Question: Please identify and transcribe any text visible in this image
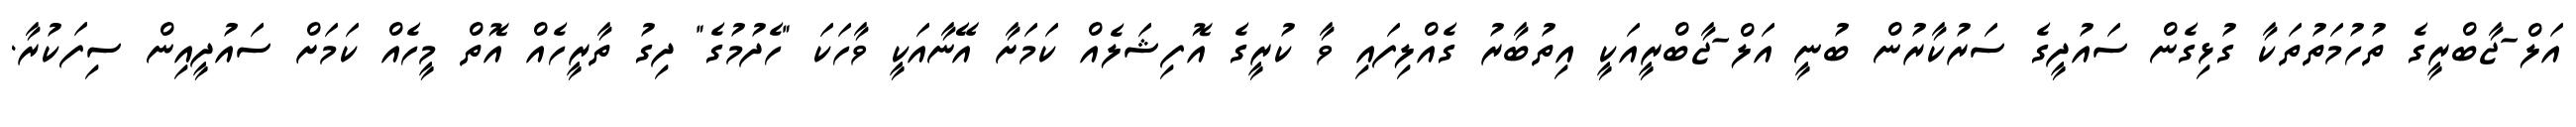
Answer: އަލް-ޖާބްރީގެ ތުހުމަތުތަކާ ގުޅިގެން ސައުދީގެ ސަރުކާރުން ބުނީ އަލް-ޖާބްރީއަކީ އިތުބާރު ގެއްލިފައި ވާ ކުރީގެ އޮފިޝަލެއް ކަމަށާ އޭނާއަކީ ވާހަކަ "ހެދުމުގެ" ދިގު ތާރީހެއް އޮތް މީހެއް ކަމަށް ސައުދީއިން ސިފަކުރާ.